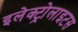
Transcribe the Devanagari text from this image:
इलेक्ट्रोलाइटस